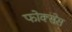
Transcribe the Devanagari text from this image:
फोक्सेस